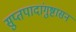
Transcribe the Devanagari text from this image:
सुप्तपादांगुष्टासन